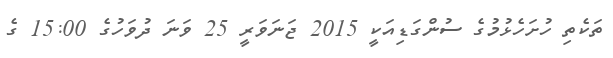
ތަކެތި ހުށަހެޅުމުގެ ސުންގަޑިއަކީ 2015 ޖަނަވަރީ 25 ވަނަ ދުވަހުގެ 15:00 ގެ